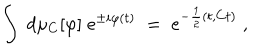
LaTeX: \int \; d \mu _ { C } [ \varphi ] \; e ^ { \pm i \varphi ( t ) } \; = \; e ^ { - \frac { 1 } { 2 } ( t , C t ) } \; ,